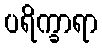
ပရိက္ခာရာ